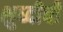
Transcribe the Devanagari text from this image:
शुध्दीची